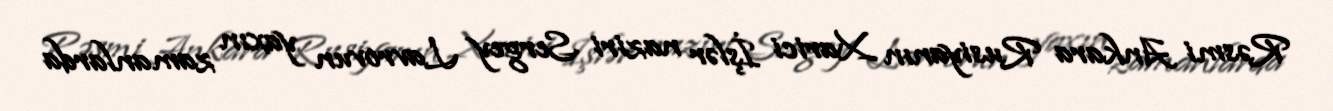
Rəsmi Ankara Rusiyanın Xarici İşlər naziri Sergey Lavrovun yaxın zamanlarda